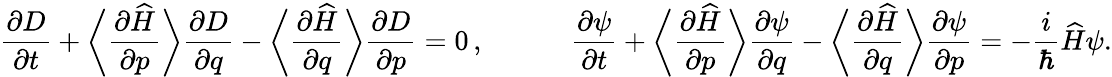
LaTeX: \frac{\partial D}{\partial t}+\bigg\langle\frac{\partial\widehat{H}}{\partial p}\bigg\rangle\frac{\partial D}{\partial q}-\bigg\langle\frac{\partial\widehat{H}}{\partial q}\bigg\rangle\frac{\partial D}{\partial p}=0\, ,\qquad\quad\frac{\partial\psi}{\partial t}+\bigg\langle\frac{\partial\widehat{H}}{\partial p}\bigg\rangle\frac{\partial\psi}{\partial q}-\bigg\langle\frac{\partial\widehat{H}}{\partial q}\bigg\rangle\frac{\partial\psi}{\partial p}=-\frac{i}\hbar\widehat{H}\psi.